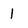
Character: 1